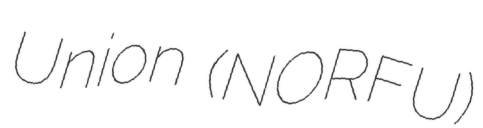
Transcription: Union (NORFU)